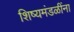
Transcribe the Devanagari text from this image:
शिष्यमंडळींना